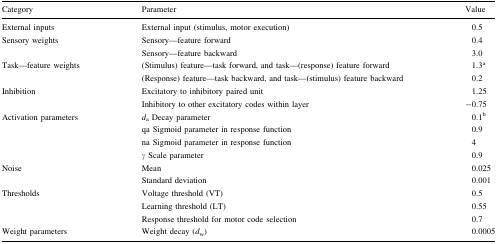
<table><thead><tr><td><b>Category</b></td><td><b>Parameter</b></td><td><b>Value</b></td></tr></thead><tbody><tr><td>External inputs</td><td>External input (stimulus, motor execution)</td><td>0.5</td></tr><tr><td>Sensory weights</td><td>Sensory—feature forward</td><td>0.4</td></tr><tr><td></td><td>Sensory—feature backward</td><td>3.0</td></tr><tr><td>Task—feature weights</td><td>(Stimulus) feature—task forward, and task—(response) feature forward</td><td>1.3<sup>a</sup></td></tr><tr><td></td><td>(Response) feature—task backward, and task—(stimulus) feature backward</td><td>0.2</td></tr><tr><td>Inhibition</td><td>Excitatory to inhibitory paired unit</td><td>1.25</td></tr><tr><td></td><td>Inhibitory to other excitatory codes within layer</td><td>−0.75</td></tr><tr><td rowspan="4">Activation parameters</td><td><i>d</i><sub>a</sub> Decay parameter</td><td>0.1<sup>b</sup></td></tr><tr><td>qa Sigmoid parameter in response function</td><td>0.9</td></tr><tr><td>na Sigmoid parameter in response function</td><td>4</td></tr><tr><td><i>γ</i> Scale parameter</td><td>0.9</td></tr><tr><td rowspan="2">Noise</td><td>Mean</td><td>0.025</td></tr><tr><td>Standard deviation</td><td>0.001</td></tr><tr><td rowspan="3">Thresholds</td><td>Voltage threshold (VT)</td><td>0.5</td></tr><tr><td>Learning threshold (LT)</td><td>0.55</td></tr><tr><td>Response threshold for motor code selection</td><td>0.7</td></tr><tr><td>Weight parameters</td><td>Weight decay (<i>d</i><sub>w</sub>)</td><td>0.0005</td></tr></tbody></table>